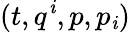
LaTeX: (t,q^{\mathit{i}},p,p_{\mathit{i}})